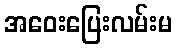
အဝေးပြေးလမ်းမ